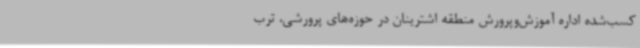
کسب‌شده اداره آموزش‌وپرورش منطقه اشترینان در حوزه‌های پرورشی، ترب